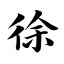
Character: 徐